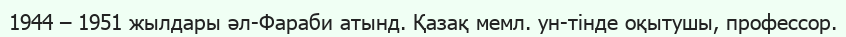
1944 – 1951 жылдары әл-Фараби атынд. Қазақ мемл. ун-тінде оқытушы, профессор.